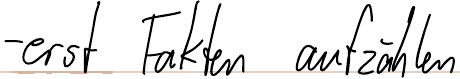
- erst Fakten aufzählen